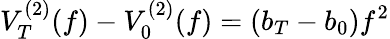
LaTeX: V_{T}^{(2)}(f)-V_{0}^{(2)}(f)=(b_{T}-b_{0})f^{2}